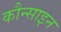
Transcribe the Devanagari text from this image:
कौन्साइन